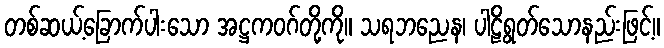
တစ်ဆယ့်ခြောက်ပါးသော အဋ္ဌကဝဂ်တို့ကို။ သရဘညေန၊ ပါဠိရွတ်သောနည်းဖြင့်။